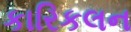
કારિકલન